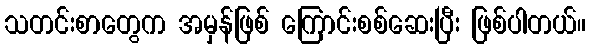
သတင်းစာတွေက အမှန်ဖြစ် ကြောင်းစစ်ဆေးပြီး ဖြစ်ပါတယ်။